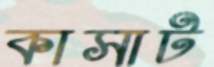
কাসাট